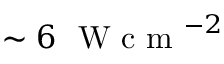
\sim 6 ~ \textrm { W c m } ^ { - 2 }